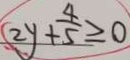
2 y + \frac { 4 } { 5 } \geq 0 )